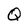
Character: Q